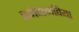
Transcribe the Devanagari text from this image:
वनेंगमविया